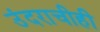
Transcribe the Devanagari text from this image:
उंदराचीही